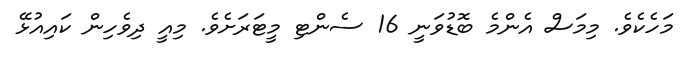
މަހެކެވެ. މިމަސް އެންމެ ބޮޑުވަނީ 16 ސެންޓި މީޓަރަށެވެ. މިއީ ދިވެހިން ކައިއުޅޭ